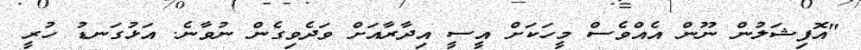
"އޮފިޝަލުން ނޫން އެއްވެސް މީހަކަށް އީސީ އިދާރާއަށް ވަދެވިގެން ނުވާނެ. އަޅުގަނޑު ހުރީ